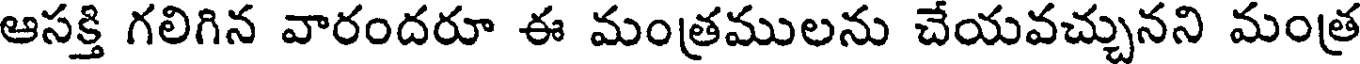
ఆసక్తి గలిగిన వారందరూ ఈ మంత్రములను చేయవచ్చునని మంత్ర